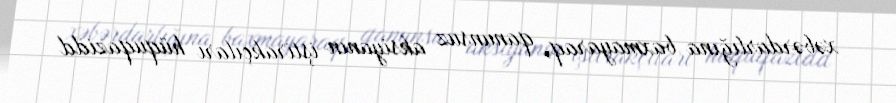
xəbərdarlığına baxmayaraq, qanunsuz aksiyanın iştirakçıları hüquqazidd